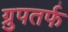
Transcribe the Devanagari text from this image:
ग्रुपतर्फ